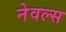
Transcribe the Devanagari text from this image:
नेवल्स